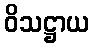
ဝိသဋ္ဌာယ